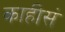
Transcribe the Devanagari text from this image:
काहीसं